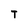
Character: T